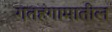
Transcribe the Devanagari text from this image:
गतहंगामातील